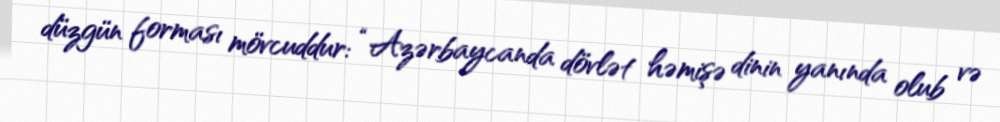
düzgün forması mövcuddur: “Azərbaycanda dövlət həmişə dinin yanında olub və